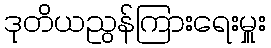
ဒုတိယညွန်ကြားရေးမှူး